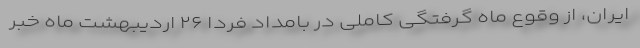
ایران، از وقوع ماه گرفتگی کاملی در بامداد فردا ۲۶ اردیبهشت ماه خبر